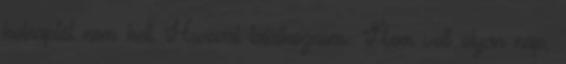
holnaptól nem kell Hwoval találkoznom. Nem volt olyan nap,